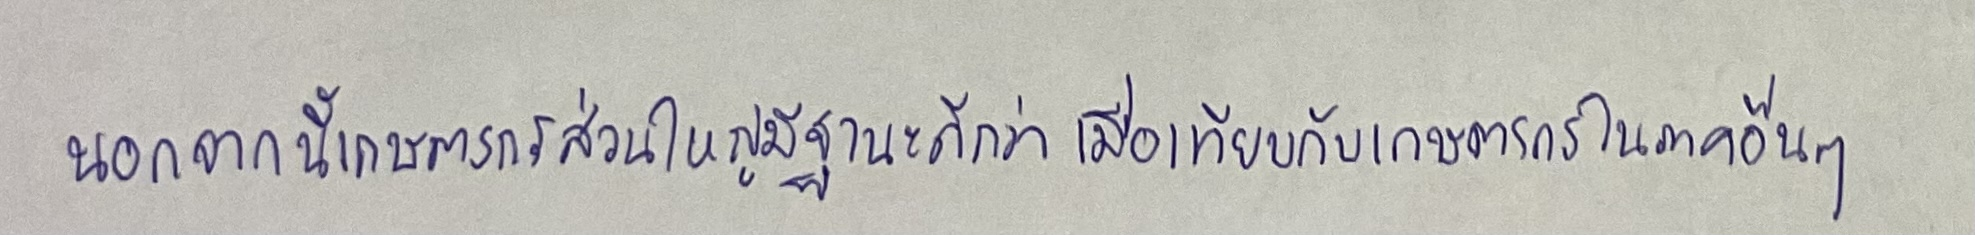
นอกจากนี้เกษตรกรส่วนใหญ่มีฐานะดีกว่าเมื่อเทียบกับเกษตรกรในภาคอื่นๆ